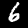
Label: 6